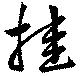
挂